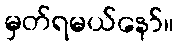
မှတ်ရမယ်နော်။